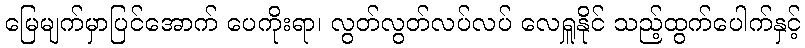
မြေမျက်မှာပြင်အောက် ပေကိုးရာ၊ လွတ်လွတ်လပ်လပ် လေရှူနိုင် သည့်ထွက်ပေါက်နှင့်